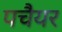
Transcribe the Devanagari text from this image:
पचैयर